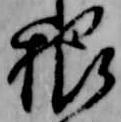
根